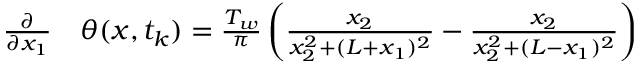
\begin{array} { r l } { \frac { \partial } { \partial x _ { 1 } } } & { { } \theta ( x , t _ { k } ) = \frac { T _ { w } } { \pi } \left( \frac { x _ { 2 } } { x _ { 2 } ^ { 2 } + ( L + x _ { 1 } ) ^ { 2 } } - \frac { x _ { 2 } } { x _ { 2 } ^ { 2 } + ( L - x _ { 1 } ) ^ { 2 } } \right) } \end{array}